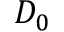
D _ { 0 }